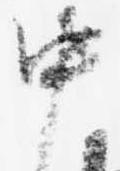
中